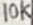
Text: 10K